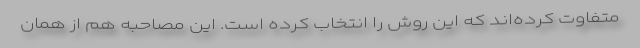
متفاوت کرده‌اند که این روش را انتخاب کرده است. این مصاحبه هم از همان